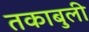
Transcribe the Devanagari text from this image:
तकाबुली